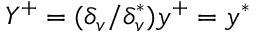
Y ^ { + } = ( \delta _ { v } / \delta _ { v } ^ { * } ) y ^ { + } = y ^ { * }